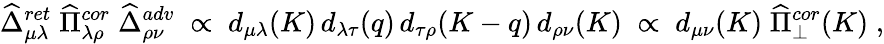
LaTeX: \widehat{\Delta}_{\mu\lambda}^{ret}\; \widehat{\Pi}_{\lambda\rho}^{cor}\; \widehat{\Delta}_{\rho\nu}^{adv}\; \propto\; d_{\mu\lambda}(K)\, d_{\lambda\tau}(q)\, d_{\tau\rho}(K-q)\, d_{\rho\nu}(K)\; \propto\; d_{\mu\nu}(K)\; \widehat{\Pi}_{\perp}^{cor}(K)\; ,